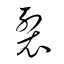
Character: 裂